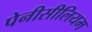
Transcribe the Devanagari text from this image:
पेनीसीलियम